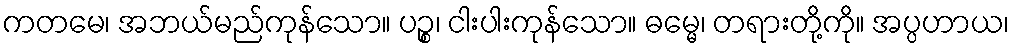
ကတမေ၊ အဘယ်မည်ကုန်သော။ ပဉ္စ၊ ငါးပါးကုန်သော။ ဓမ္မေ၊ တရားတို့ကို။ အပ္ပဟာယ၊